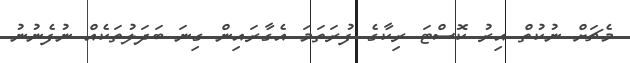
މެޗަށް ނުކުތް އިރު ކޮސްޓަ ރިކާގެ ފުރަތަމަ އެގާރައިން ގިނަ ބަދަލުތަކެއް ނުފެނުނު